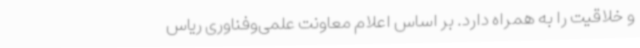
و خلاقیت را به همراه دارد. بر اساس اعلام معاونت علمی‌وفناوری ریاس